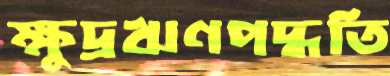
ক্ষুদ্রঋণপদ্ধতি